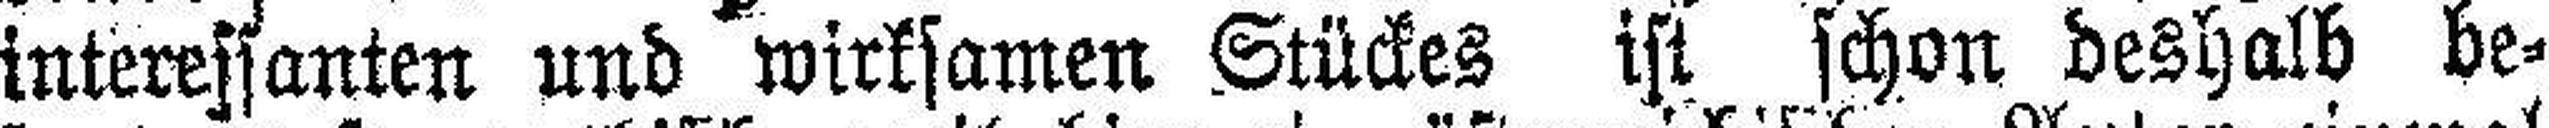
interessanten und wirksamen Stückes ist schon deshalb be¬